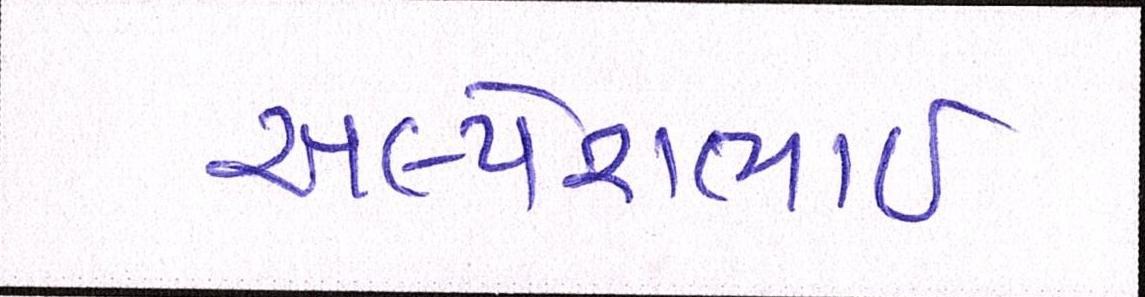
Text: અલ્પેશભાઇ